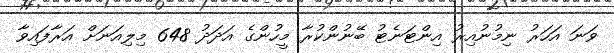
ވަނަ އަހަރު ނިމުނުއިރު އިންޓަނެޓު ބޭނުންކުރާ މީހުންގެ އަދަދު 648 މިލިއަނަށް އަރާފައިވާ